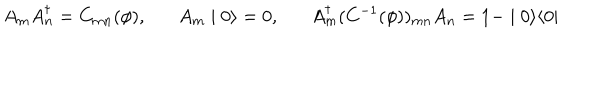
A _ { m } A _ { n } ^ { \dagger } = C _ { m n } ( \phi ) , A _ { m } \mid 0 \rangle = 0 , A _ { m } ^ { \dagger } ( C ^ { - 1 } ( \phi ) ) _ { m n } A _ { n } = 1 - \mid 0 \rangle \langle 0 \mid